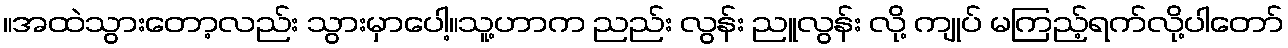
။အထဲသွားတော့လည်း သွားမှာပေါ့။သူ့ဟာက ညည်း လွန်း ညူလွန်း လို့ ကျုပ် မကြည့်ရက်လို့ပါတော်